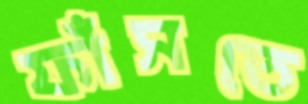
ফাঁসতে